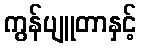
ကွန်ပျူတာနှင့်